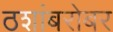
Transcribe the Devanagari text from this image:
ठशांबरोबर